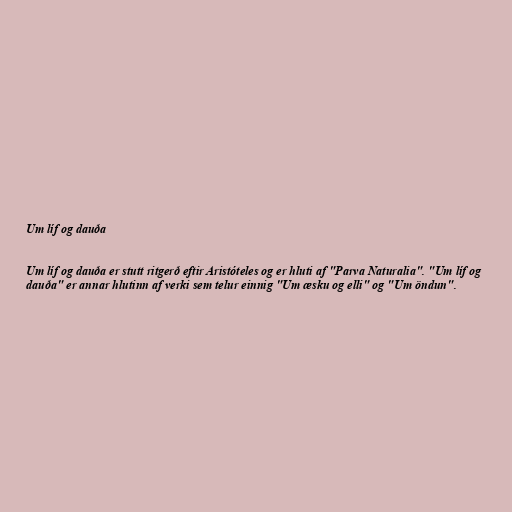
Um líf og dauða

Um líf og dauða er stutt ritgerð eftir Aristóteles og er hluti af "Parva Naturalia". "Um líf og
dauða" er annar hlutinn af verki sem telur einnig "Um æsku og elli" og "Um öndun".